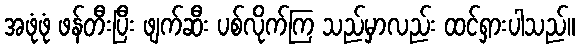
အဖုံဖုံ ဖန်တီးပြီး ဖျက်ဆီး ပစ်လိုက်ကြ သည်မှာလည်း ထင်ရှားပါသည်။